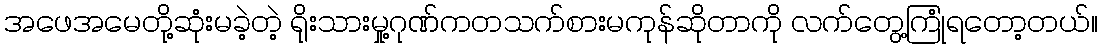
အဖေအမေတို့ဆုံးမခဲ့တဲ့ ရိုးသားမှု့ဂုဏ်ကတသက်စားမကုန်ဆိုတာကို လက်တွေ့ကြုံရတော့တယ်။